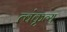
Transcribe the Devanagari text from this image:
त्वंकृत्य